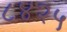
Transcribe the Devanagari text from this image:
८४२५